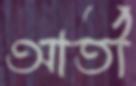
আর্তী